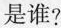
是谁?